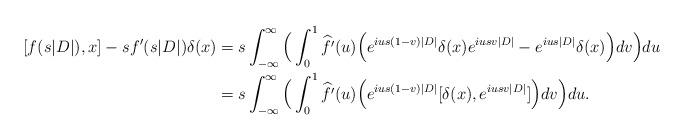
LaTeX: \begin{align*} [f(s|D|),x]-sf'(s|D|)\delta(x) &= s\int_{-\infty}^{\infty}\Big(\int_0^1\widehat{f'}(u)\Big(e^{ius(1-v)|D|}\delta(x)e^{iusv|D|}-e^{ius|D|}\delta(x)\Big)dv\Big)du\\ &= s\int_{-\infty}^{\infty}\Big(\int_0^1\widehat{f'}(u)\Big(e^{ius(1-v)|D|}[\delta(x),e^{iusv|D|}]\Big)dv\Big)du. \end{align*}